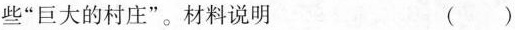
些”巨大的村庄”。材料说明 （）